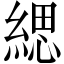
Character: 緦